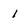
Character: 1